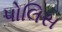
પોલિસ